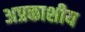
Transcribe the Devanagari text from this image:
अप्रकाशीय